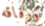
ورفاقه